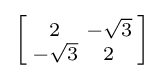
\left[{\begin{smallmatrix}2&-{\sqrt {3}}\\-{\sqrt {3}}&2\end{smallmatrix}}\right]